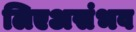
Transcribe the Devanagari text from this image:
लिएअसंभव